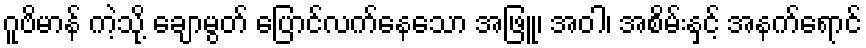
ဂူဗိမာန် ကဲ့သို့ ချောမွတ် ပြောင်လက်နေသော အဖြူ၊ အဝါ၊ အစိမ်းနှင့် အနက်ရောင်